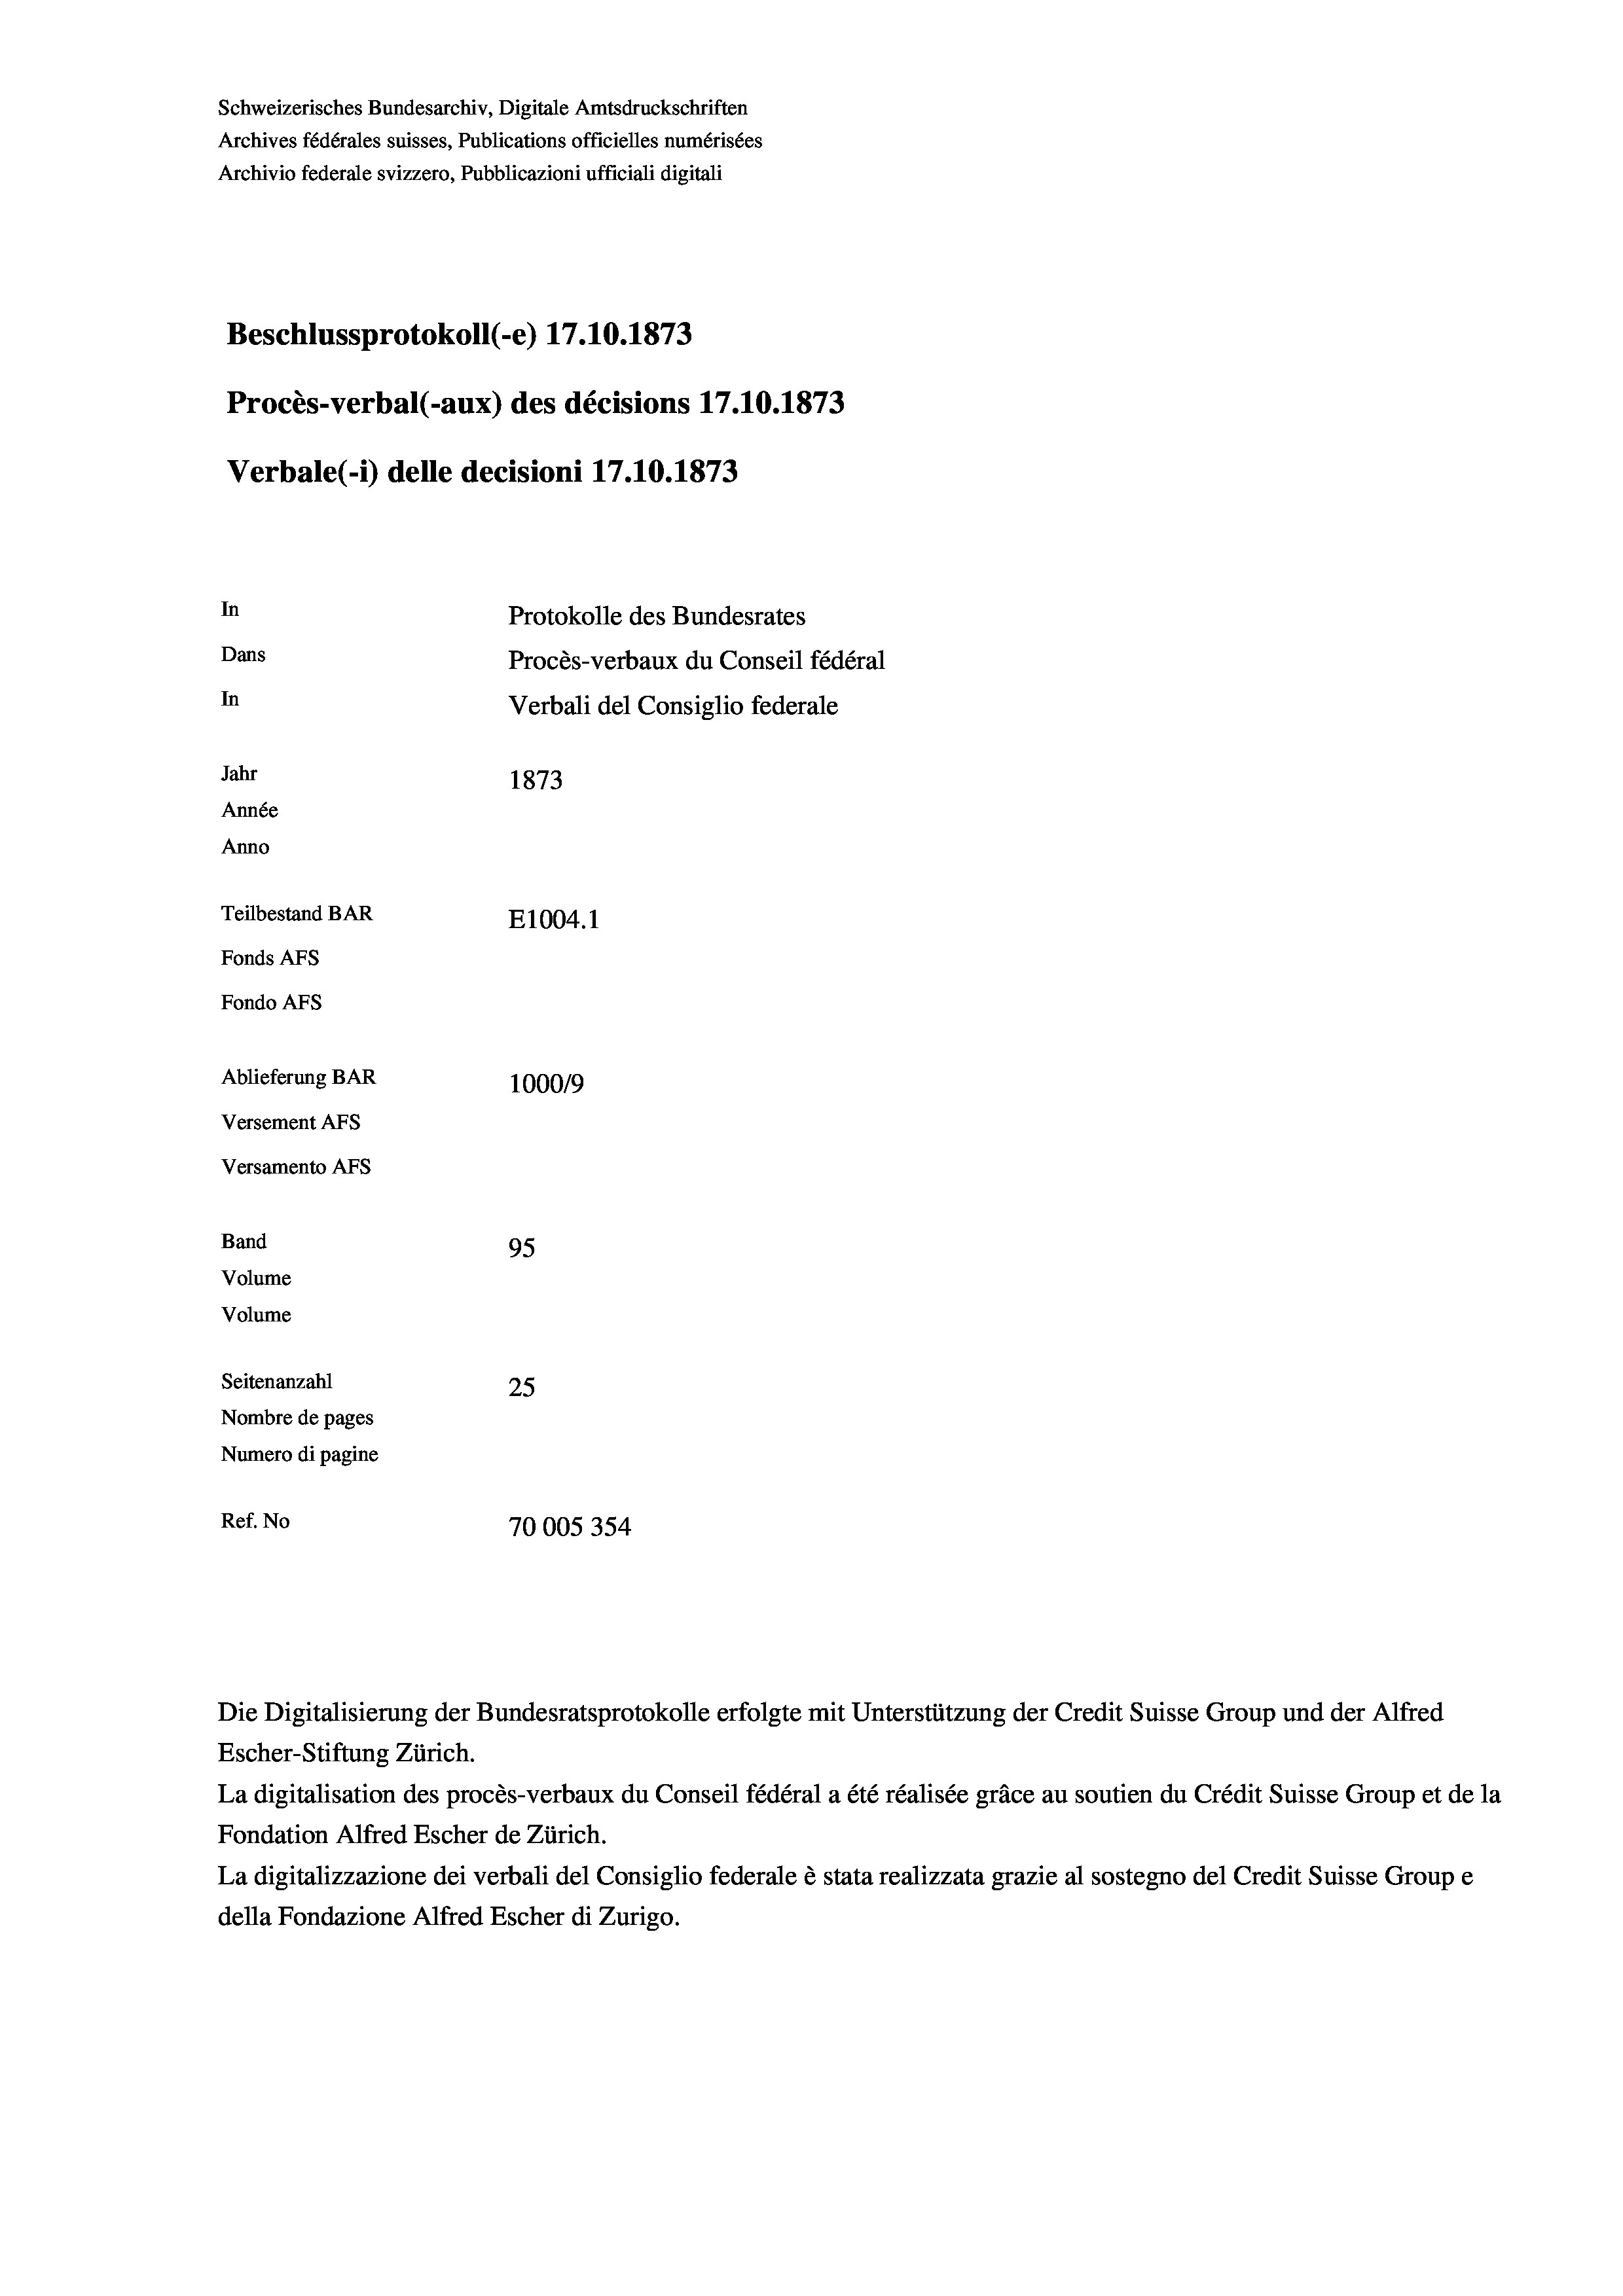
Schweizerisches Bundesarchiv, Digitale Amtsdruckschriften
Archives fédérales suisses, Publications officielles numérisées
Archivio federale svizzero, Pubblicazioni ufficiali digitali
Beschlussprotokoll (-e) 17. 10. 1873
Procès-verbal (-aux) des décisions 17.10.1873
Verbale(-*) delle decisioni 17.10.1873
In
Protokolle des Bundesrates
Dans
Procès-verbaux du Conseil fédéral
In
Verbali del Consiglio federale
Jahr
1873
Année
Anno
Teilbestand BAR
E1004.1
Fonds Afs
Fondo AFs
Ablieferung BAR
100019
Versement Abs
Versamento AFs

Band
Volume

Volume

95
 xx
Seitenanzahl
25
Nombre de pages
Numero di pagine
Ref. No
70005354

Escher-Stiftung Zürich.
La digitalisation des procès-verbaux du Conseil fédéral a été réalisée gräce au soutien du Crédit Suisse Group et de la
Fondation Alfred Escher de Zürich.
La digitalizzazione dei verbali del Consiglio federale è stata realizzata grazie al sostegno del Credit Suisse Groupe
della Fondazione Alfred Escher di Zurigo.

Die Digitalisierung der Bundesratsprotokolle erfolgte mit Unterstützung der Credit Suisse Group und der Alfred